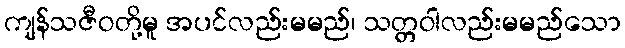
ကျန်သဇီဝတို့မူ အပင်လည်းမမည်၊ သတ္တဝါလည်းမမည်သော